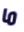
ما